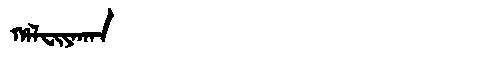
Manchu: ᡥᠠᠯᠸᡳᠶᠠᡴᠠᠨ
Romanization: HALFIYAKAN